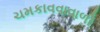
ચમકાવવાવાળી